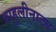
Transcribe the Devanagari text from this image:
बाहुलीनाट्य